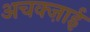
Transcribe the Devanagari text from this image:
अचक्ज़ाई